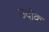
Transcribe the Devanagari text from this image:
उदोक